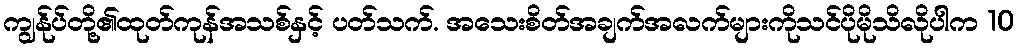
ကျွန်ုပ်တို့၏ထုတ်ကုန်အသစ်နှင့် ပတ်သက်. အသေးစိတ်အချက်အလက်များကိုသင်ပိုမိုသိလိုပါက 10